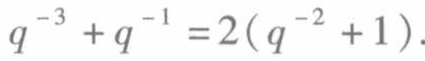
$q^{-3}+q^{-1}=2(q^{-2}+1)$